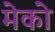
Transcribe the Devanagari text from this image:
मेको